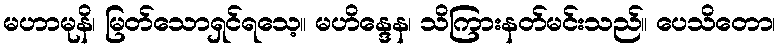
မဟာမုနိ၊ မြတ်သောရှင်ရသေ့။ မဟိန္ဒေန၊ သိကြားနတ်မင်းသည်။ ပေသိတော၊